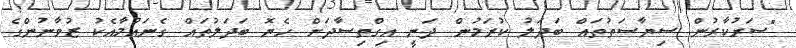
"ސަރުކާރުން ސިޔާސަތުތައް ބަދަލު ކުރަމުން ދަނީ އިގްތިސާދަށް ހެޔޮ ބަދަލުތައް ގެނައުމާއެކު ޒުވާނުންގެ